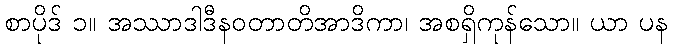
စာပိုဒ် ၁။ အဿာဒါဒီနဝတာတိအာဒိကာ၊ အစရှိကုန်သော။ ယာ ပန